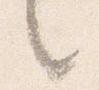
之